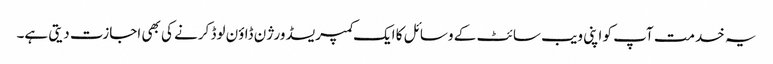
یہ خدمت آپ کو اپنی ویب سائٹ کے وسائل کا ایک کمپریسڈ ورژن ڈاؤن لوڈ کرنے کی بھی اجازت دیتی ہے۔